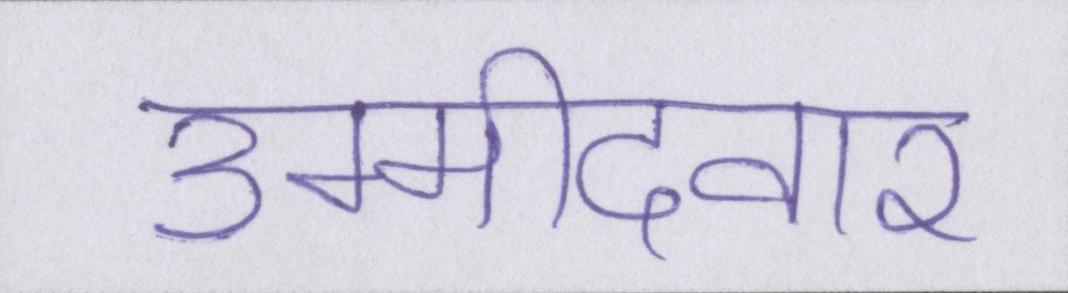
उम्मीदवार